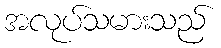
အလုပ်သမားသည်